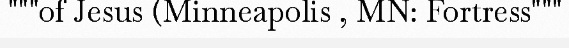
"""of Jesus (Minneapolis , MN: Fortress"""